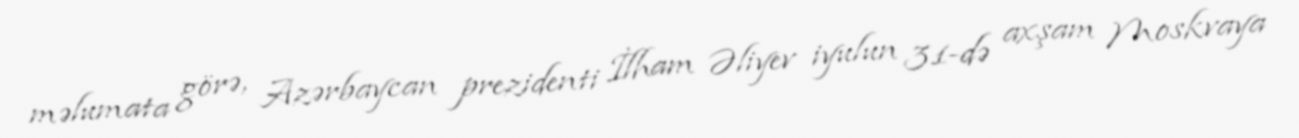
məlumata görə, Azərbaycan prezidenti İlham Əliyev iyulun 31-də axşam Moskvaya